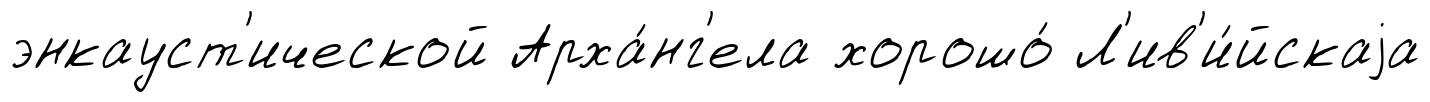
энкауст'ической Арха́нг'ела хорошо́ Л'ив'и́йскаjа